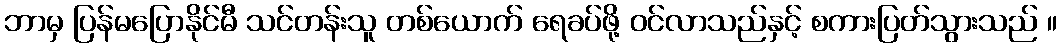
ဘာမှ ပြန်မပြောနိုင်မီ သင်တန်းသူ တစ်ယောက် ရေခပ်ဖို့ ဝင်လာသည်နှင့် စကားပြတ်သွားသည် ။